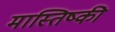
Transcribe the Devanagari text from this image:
मास्तिष्की